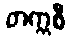
တက္ကစီ